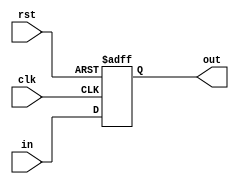
`timescale 1ns / 1ps
//////////////////////////////////////////////////////////////////////////////////
// Company: 
// Engineer: 
// 
// Design Name: 
// Module Name: REG_32Bit
// Project Name: 
// Target Devices: 
// Tool Versions: 
// Description: 
// 
// Dependencies: 
// 
// Revision:
// Revision 0.01 - File Created
// Additional Comments:
// 
//////////////////////////////////////////////////////////////////////////////////


module REG_32Bit(
    input clk,
    input rst,
    
    input [31:0] in,
    output [31:0] out
    );
    
    reg [31:0] in_reg;
    initial in_reg=0;
    
    always@(posedge clk or posedge rst)begin
      if(rst) in_reg<=0;
      else in_reg<=in;
    end
    
    assign out=in_reg;
    
endmodule